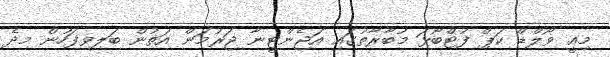
މިއީ ވޯލްޑް ކަޕް ފުޓްބޯޅަ މުބާރާތުގައި އަޖެންޓީނާ ޖަރުމަން އަތުން ބަލިވިފަހުން މިދެ